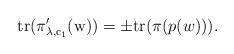
LaTeX: \begin{align*} {\rm{tr}(\pi_{\lambda,c_1}'(w))}=\pm {\rm{tr}}(\pi(p(w))).\end{align*}